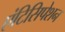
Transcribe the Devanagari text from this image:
एंटिसिपेशन